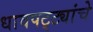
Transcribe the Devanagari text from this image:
धावपट्ट्यांचे